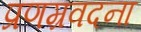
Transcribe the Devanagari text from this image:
प्रणम्रवदना